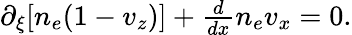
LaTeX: \begin{array}{r}{\partial_{\xi}[n_{e}(1-v_{z})]+\frac{d}{dx}n_{e}v_{x}=0.}\end{array}